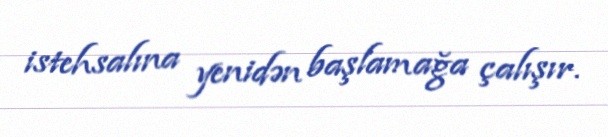
istehsalına yenidən başlamağa çalışır.